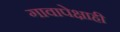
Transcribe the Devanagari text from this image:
गावापेक्षाही